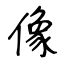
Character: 像